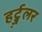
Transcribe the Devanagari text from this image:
हर्ट्ज़लर